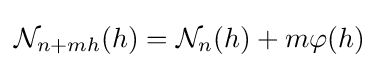
{\mathcal {N}}_{n+mh}(h)={\mathcal {N}}_{n}(h)+m\varphi (h)